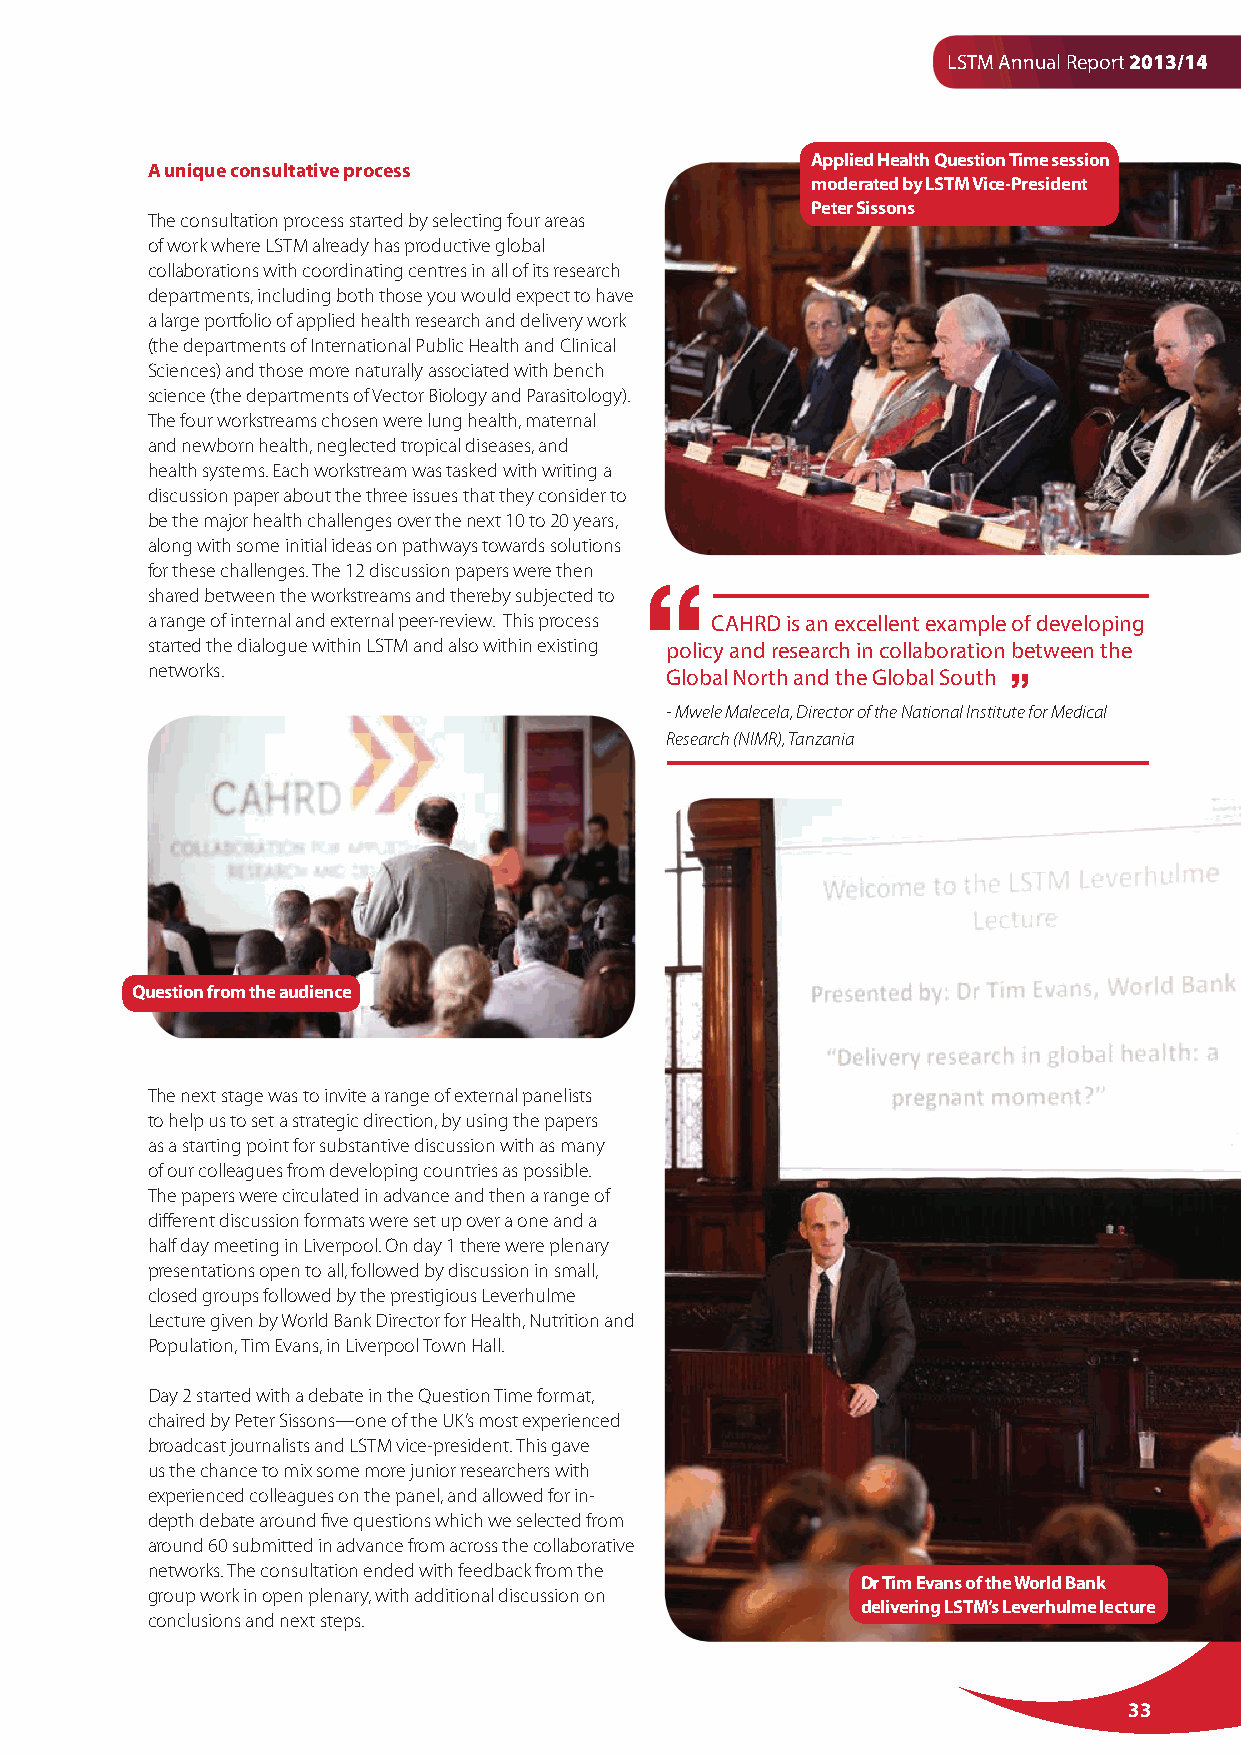
LSTM Annual Report 2013/14
 Applied Health Question Time session
 A unique consultative process
 moderated by LSTM Vice-President
 Peter Sissons
 The consultation process started by selecting four areas
 of work where LSTM already has productive global
 collaborations with coordinating centres in all of its research
 departments, including both those you would expect to have
 a large portfolio of applied health research and delivery work
 (the departments of International Public Health and Clinical
 Sciences) and those more naturally associated with bench
 science (the departments of Vector Biology and Parasitology).
 The four workstreams chosen were lung health, maternal
 and newborn health, neglected tropical diseases, and
 health systems. Each workstream was tasked with writing a
 discussion paper about the three issues that they consider to
 be the major health challenges over the next 10 to 20 years,
 along with some initial ideas on pathways towards solutions
 for these challenges. The 12 discussion papers were then
 shared between the workstreams and thereby subjected to
 a range of internal and external peer-review. This process CAHRD is an excellent example of developing
 started the dialogue within LSTM and also within existing policy and research in collaboration between the
 networks.                         Global North and the Global South
 - Mwele Malecela, Director of the National Institute for Medical
 Research (NIMR), Tanzania
 Question from the audience
 The next stage was to invite a range of external panelists
 to help us to set a strategic direction, by using the papers
 as a starting point for substantive discussion with as many
 of our colleagues from developing countries as possible.
 The papers were circulated in advance and then a range of
 different discussion formats were set up over a one and a
 half day meeting in Liverpool. On day 1 there were plenary
 presentations open to all, followed by discussion in small,
 closed groups followed by the prestigious Leverhulme
 Lecture given by World Bank Director for Health, Nutrition and
 Population, Tim Evans, in Liverpool Town Hall.
 Day 2 started with a debate in the Question Time format,
 chaired by Peter Sissons—one of the UK’s most experienced
 broadcast journalists and LSTM vice-president. This gave
 us the chance to mix some more junior researchers with
 experienced colleagues on the panel, and allowed for in-
 depth debate around five questions which we selected from
 around 60 submitted in advance from across the collaborative
 networks. The consultation ended with feedback from the
 Dr Tim Evans of the World Bank
 group work in open plenary, with additional discussion on
 delivering LSTM’s Leverhulme lecture
 conclusions and next steps.
 33